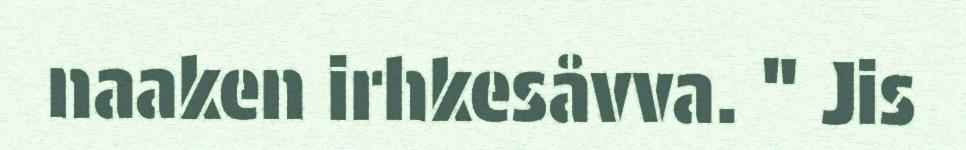
naaken irhkesåvva. " Jis